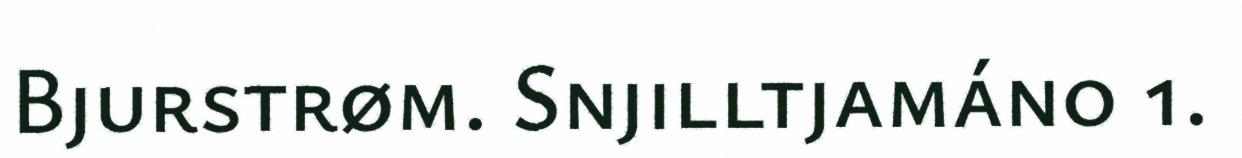
Bjurstrøm. Snjilltjamáno 1.